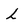
Character: L